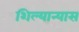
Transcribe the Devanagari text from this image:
शिल्यान्यास